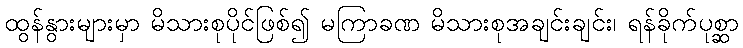
ထွန်နွားများမှာ မိသားစုပိုင်ဖြစ်၍ မကြာခဏ မိသားစုအချင်းချင်း၊ ရန်ခိုက်ပုစ္ဆာ